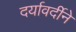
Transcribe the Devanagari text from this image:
दर्यावर्दीने